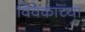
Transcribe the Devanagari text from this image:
विवेकाच्या